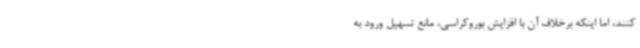
کنند، اما اینکه برخلاف آن با افزایش بوروکراسی، مانع تسهیل ورود به